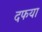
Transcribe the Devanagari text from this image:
दफया